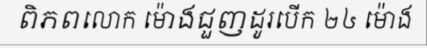
ពិភពលោក ម៉ោងជួញដូរបើក ២៤ ម៉ោង